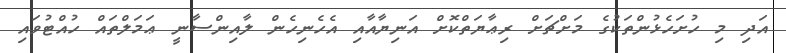
އަދި މި ހުށަހެޅުންތަކުގެ މަށްޗަށް ރިޢާޔަތްކޮށް އަނިޔާއާއި އެހެނިހެން ލާއިންސާނީ ޢަމަލްތައް ހުއްޓުވައި